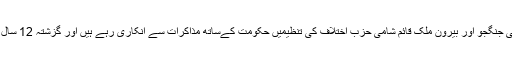
واضح رہے کہ صدر اسد کی حکومت کے خلاف مسلح جدوجہد کرنے والے باغی جنگجو اور بیرونِ ملک قائم شامی حزبِ اختلاف کی تنظیمیں حکومت کےساتھ مذاکرات سے انکاری رہے ہیں اور گزشتہ 12 سال سے برسرِ اقتدار صدر اسد سے فوری اقتدار چھوڑنے کا مطالبہ کرتے آئے ہیں۔